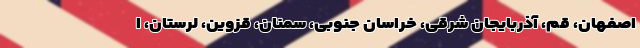
اصفهان، قم، آذربایجان شرقی، خراسان جنوبی، سمنان، قزوین، لرستان، ا